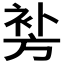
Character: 𲀪